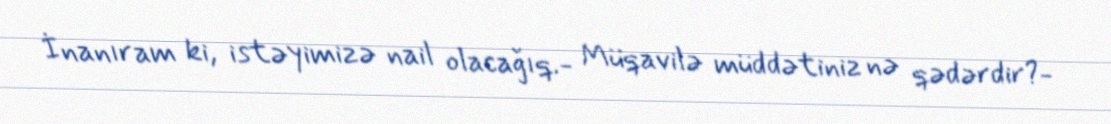
İnanıram ki, istəyimizə nail olacağıq.- Müqavilə müddətiniz nə qədərdir?-